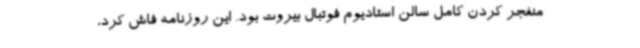
منفجر کردن کامل سالن استادیوم فوتبال بیروت بود. این روزنامه فاش کرد،